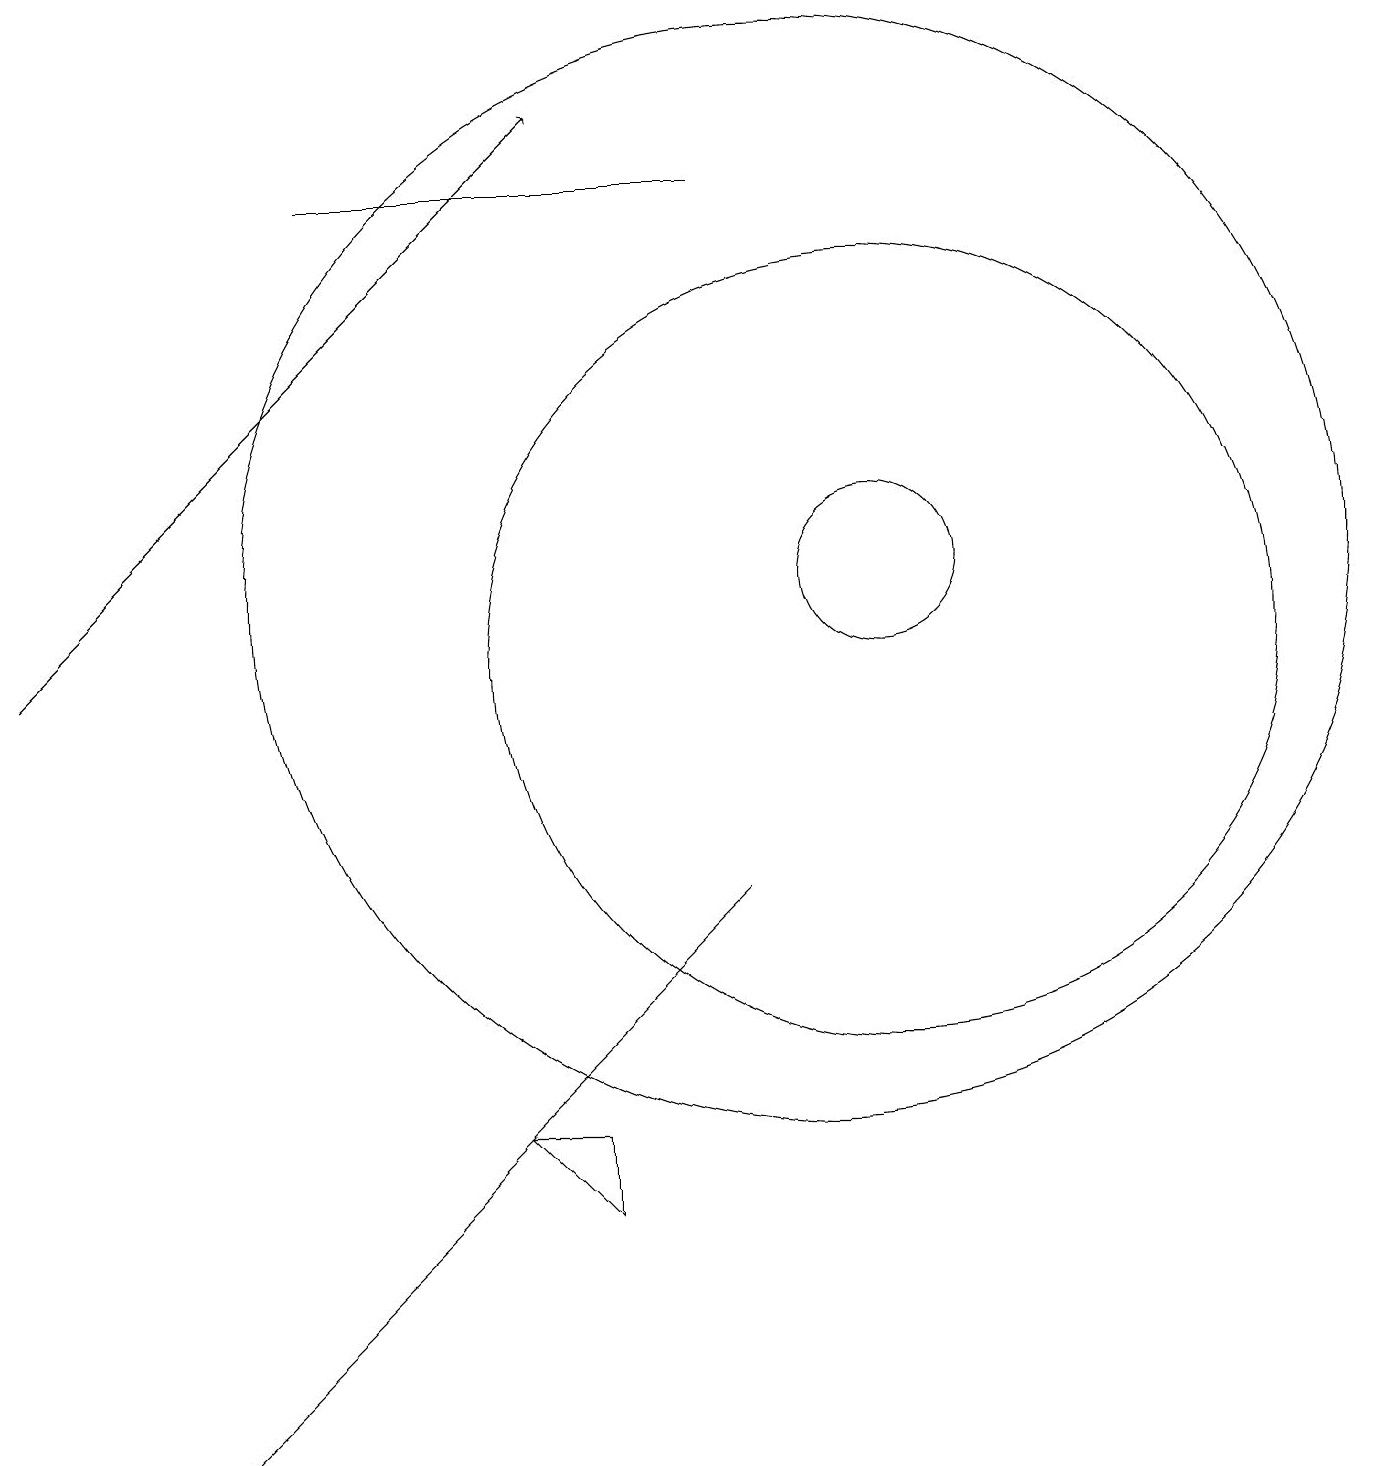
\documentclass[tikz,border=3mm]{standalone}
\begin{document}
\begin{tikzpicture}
\draw (7,4) -- (6,4) -- (7,3) -- cycle;
\draw (10,11) circle (7);
\draw (10,12) circle (0);
\draw (9,16) rectangle (4,16);
\draw (11,11) circle (1);
\draw[->] (0,10) -- (7,17);
\draw (7,5) -- (9,7) -- (2,0) -- cycle;
\draw (11,10) circle (5);
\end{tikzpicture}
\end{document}